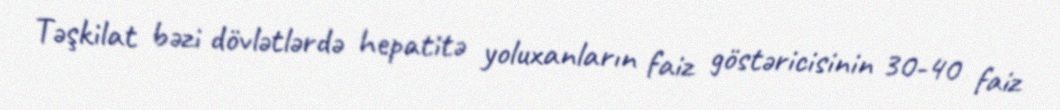
Təşkilat bəzi dövlətlərdə hepatitə yoluxanların faiz göstəricisinin 30-40 faiz